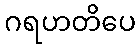
ဂရဟတိပေ